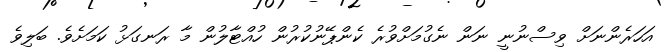
އަހަރެންނަށް ވިސްނުނީ ނަން ނެގުމަށްވުރެ ކެންޕޭނުކުރުން ހުއްޓާލުން މާ ރަނގަޅު ކަމަށެވެ. ބަލިވެ